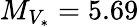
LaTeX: M_{V_{\ast}}=5.69